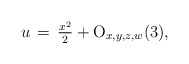
\begin{align*}u\,=\,\tfrac{x^2}{2}+{\rm O}_{x,y,z,w}(3),\end{align*}